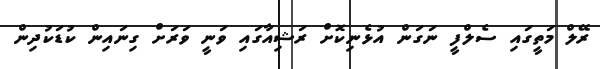
ރޭލް މަތީގައި ސެލްފީ ނަގަން އުޅެނިކޮށް ރަޝިއާގައި ވަނީ ވަރަށް ގިނައިން ކުޑަކުދިން